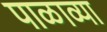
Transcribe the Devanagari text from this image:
पाळाव्या